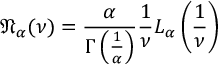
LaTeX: { \mathfrak { N } } _ { \alpha } ( \nu ) = { \frac { \alpha } { \Gamma \left( { \frac { 1 } { \alpha } } \right) } } { \frac { 1 } { \nu } } L _ { \alpha } \left( { \frac { 1 } { \nu } } \right)